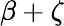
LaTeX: \beta+\zeta